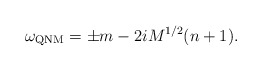
\begin{align*}\omega_{\rm QNM}=\pm m -2iM^{1/2}(n+1).\end{align*}